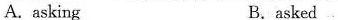
A. asking B.asked